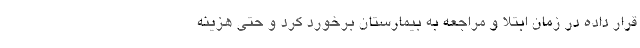
قرار داده در زمان ابتلا و مراجعه به بیمارستان برخورد کرد و حتی هزینه